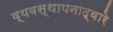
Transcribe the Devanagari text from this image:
व्यवस्थापनाद्वारे